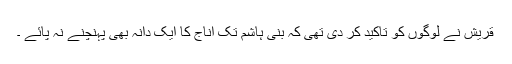
قریش نے لوگوں کو تاکید کر دی تھی کہ بنی ہاشم تک اناج کا ایک دانہ بھی پہنچنے نہ پائے ۔